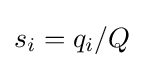
s_{i}=q_{i}/Q